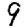
Digit: 9